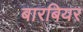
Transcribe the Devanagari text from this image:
बारबियर